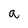
Character: a